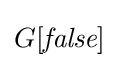
G[{\textit {false}}]